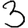
Digit: 3